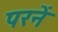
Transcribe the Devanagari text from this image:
परनें